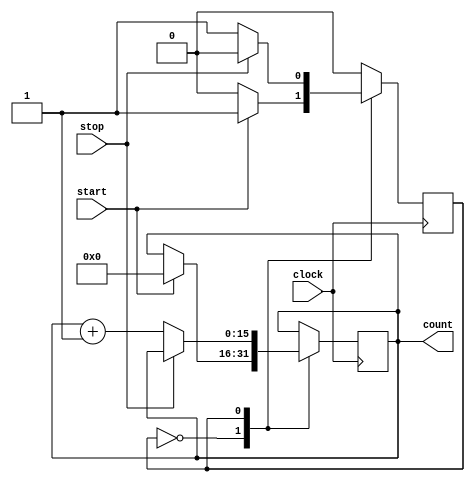
module counter_16(clock, start, stop, count);

	parameter BIT_SZ = 16;
	input clock, start, stop;
	output [BIT_SZ-1:0] count;
	
	reg [BIT_SZ-1:0] count;
	
	reg state;
	
	parameter COUNTING = 1'b1, IDLE = 1'b0;
	
	initial count = 0;
	initial state = IDLE;
	
	always @ (posedge clock)
		case(state)
			IDLE:
				if(start == 1'b1)
					begin
						count <= 0;
						state <= COUNTING;
					end
			COUNTING:
				if(stop == 1'b1)
					state <= IDLE;
				else
					count <= count + 1'b1;
		endcase
	
endmodule